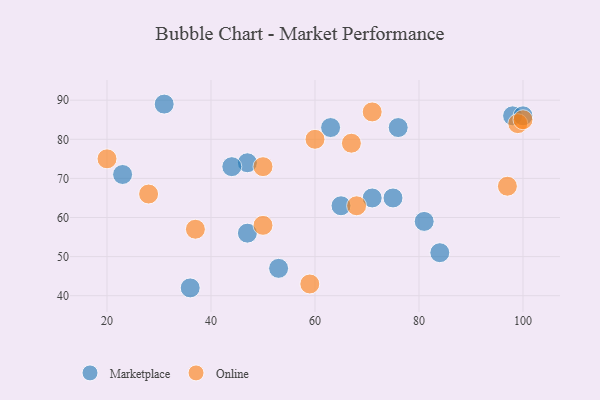
{"axis": {"x": "GDP", "y": "Life Expectancy"}, "legend": ["Marketplace", "Online"], "data": [{"x": "84", "y": 51, "type": "Marketplace"}, {"x": "47", "y": 74, "type": "Marketplace"}, {"x": "36", "y": 42, "type": "Marketplace"}, {"x": "65", "y": 63, "type": "Marketplace"}, {"x": "76", "y": 83, "type": "Marketplace"}, {"x": "31", "y": 89, "type": "Marketplace"}, {"x": "53", "y": 47, "type": "Marketplace"}, {"x": "47", "y": 56, "type": "Marketplace"}, {"x": "75", "y": 65, "type": "Marketplace"}, {"x": "98", "y": 86, "type": "Marketplace"}, {"x": "81", "y": 59, "type": "Marketplace"}, {"x": "100", "y": 86, "type": "Marketplace"}, {"x": "63", "y": 83, "type": "Marketplace"}, {"x": "44", "y": 73, "type": "Marketplace"}, {"x": "71", "y": 65, "type": "Marketplace"}, {"x": "23", "y": 71, "type": "Marketplace"}, {"x": "20", "y": 75, "type": "Online"}, {"x": "37", "y": 57, "type": "Online"}, {"x": "99", "y": 84, "type": "Online"}, {"x": "71", "y": 87, "type": "Online"}, {"x": "97", "y": 68, "type": "Online"}, {"x": "100", "y": 85, "type": "Online"}, {"x": "60", "y": 80, "type": "Online"}, {"x": "50", "y": 58, "type": "Online"}, {"x": "59", "y": 43, "type": "Online"}, {"x": "67", "y": 79, "type": "Online"}, {"x": "50", "y": 73, "type": "Online"}, {"x": "68", "y": 63, "type": "Online"}, {"x": "28", "y": 66, "type": "Online"}]}